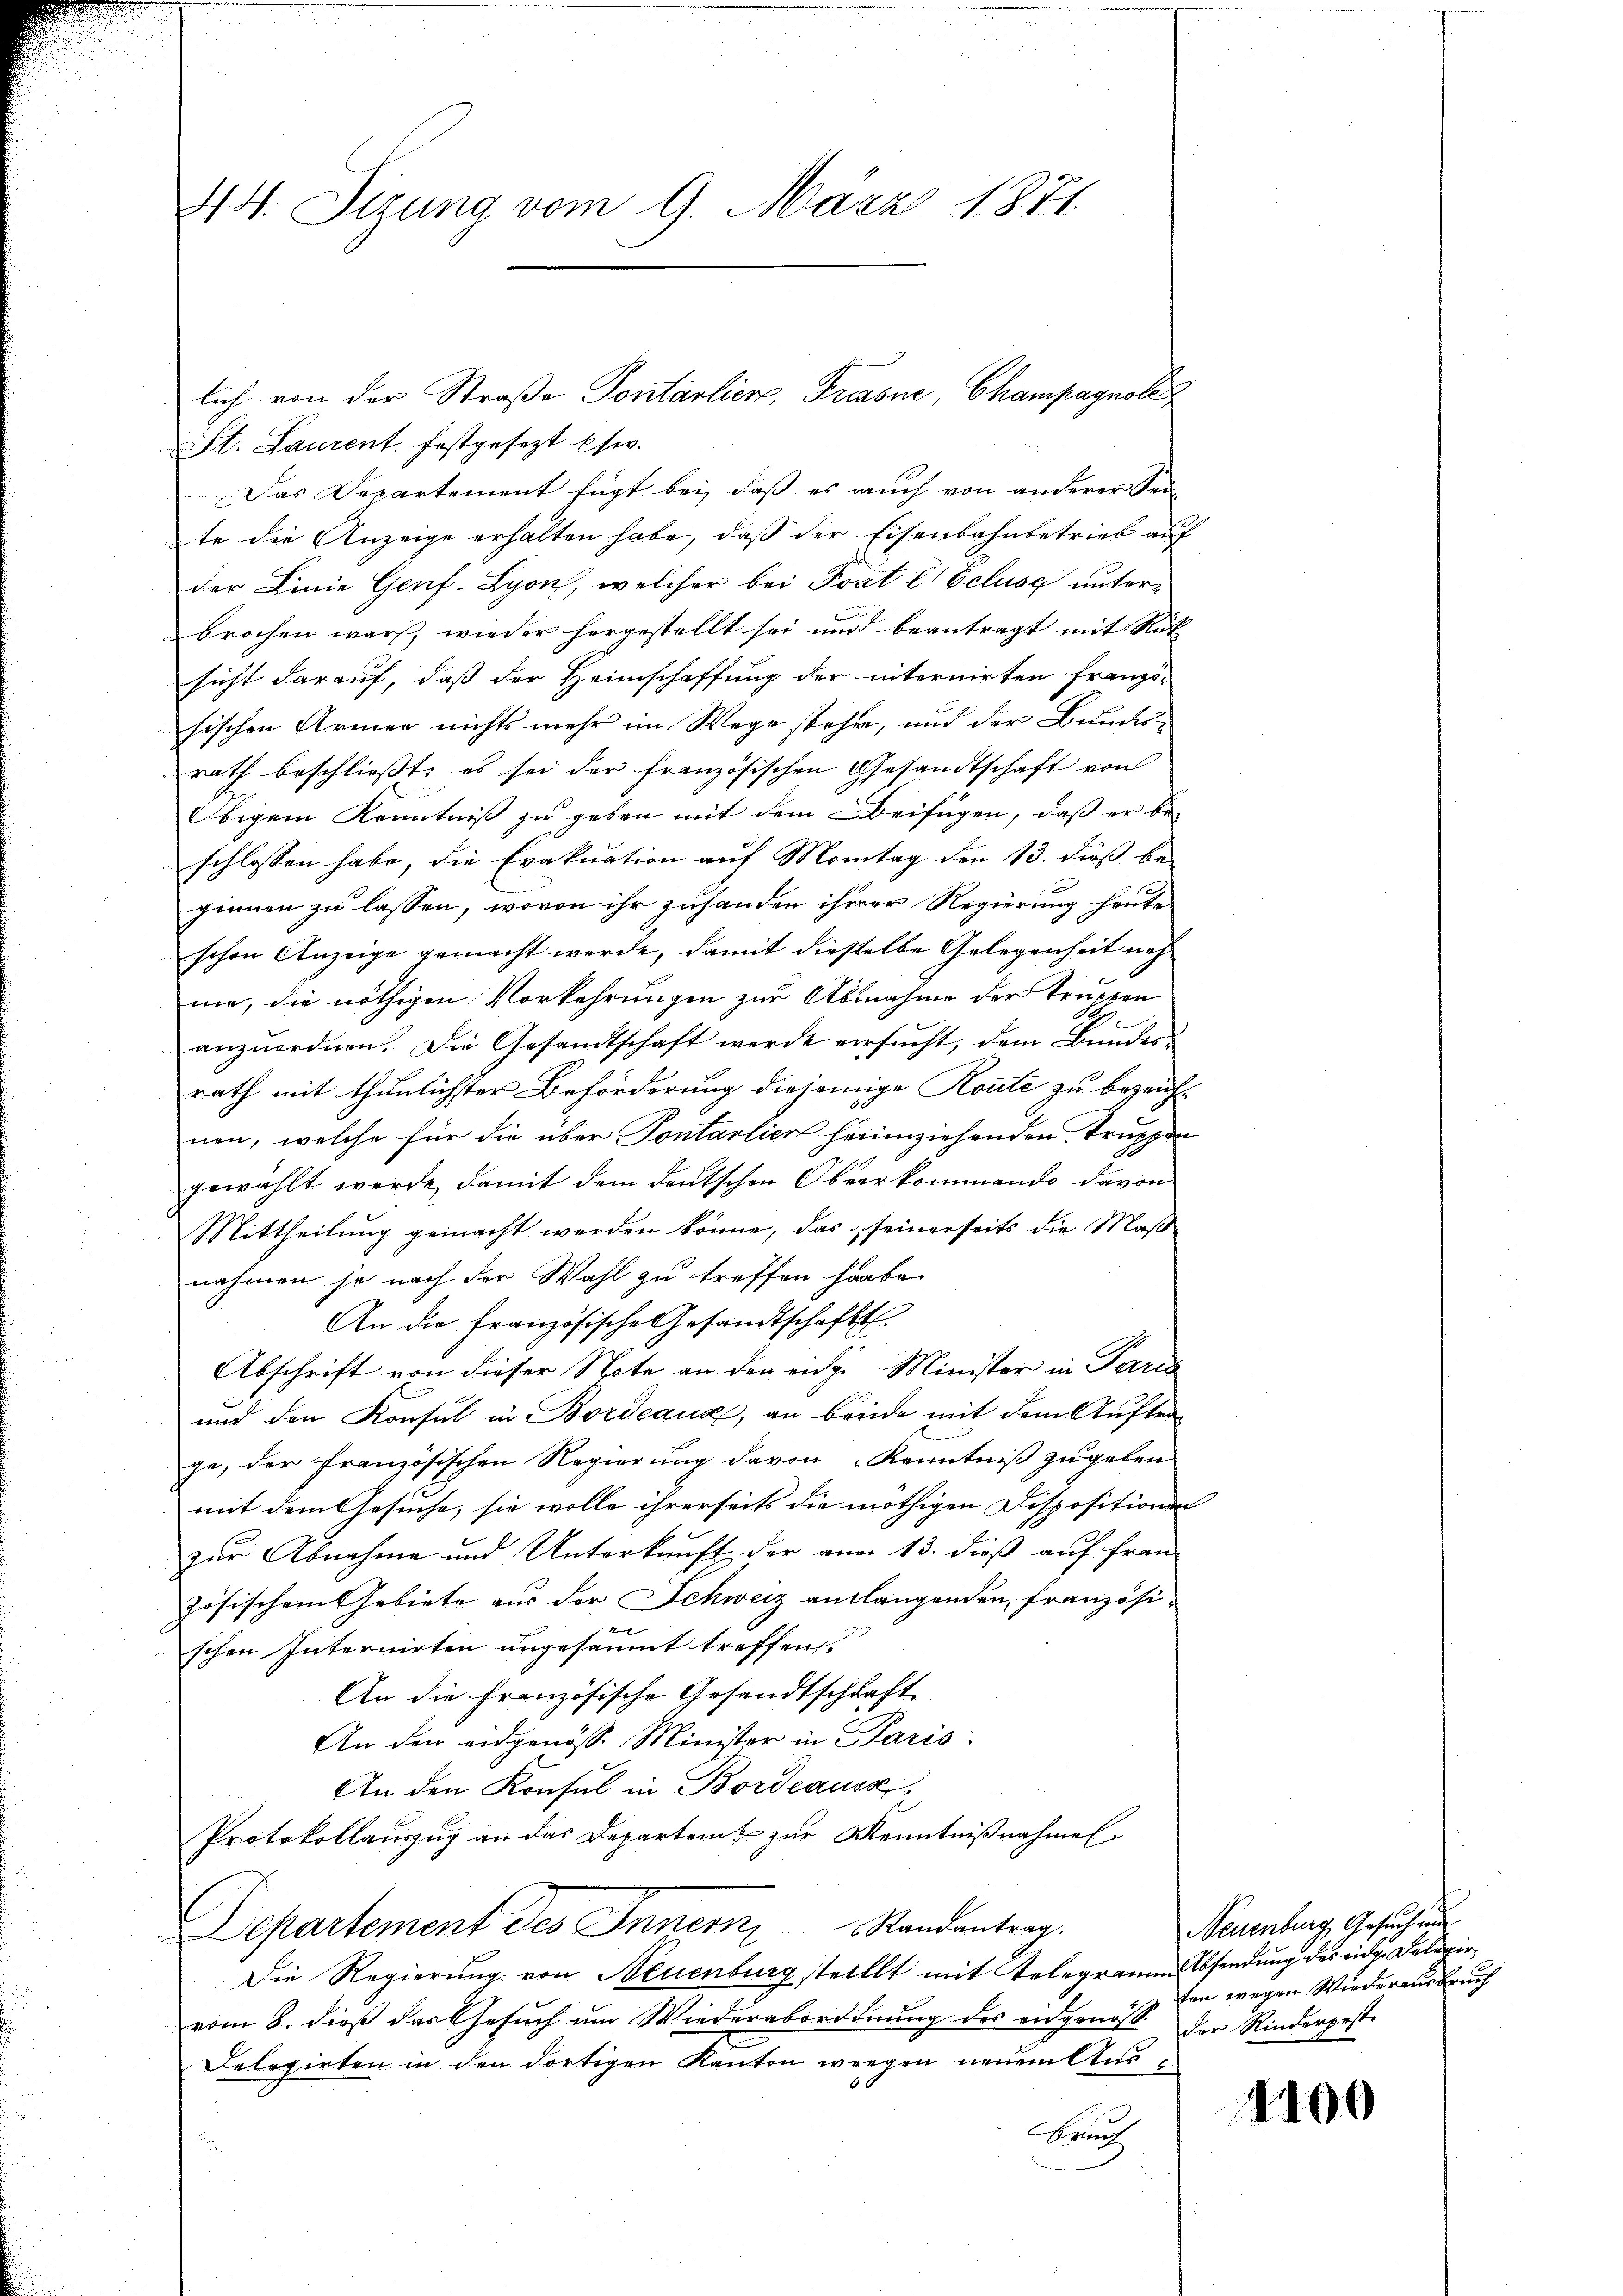
474. Sizung vom 9. März 1871.

St. Laurent. festgesezt Esw.
Das Departement fügt bei, daß es auch von anderer Sei-
te die Anzeige erhalten habe, daß der Eisenbahnbetrieb auf
der Linie Genf-Lyon, welcher bei Poat l. Eclusa unterbrochen war, wieder hergestellt sei und beantragt mit Rük
sicht darauf, daß der Heimschaffung der internirten franzö-
sischen Armen nichts mehr im Wege stehen, und der Bundesrath beschließt, es sei der französischen Gesandtschaft von
Obigem Kenntniß zu geben mit dem Beifügen, daß er be-
schlossen habe, die Evakuation auf Montag den 13. dieß be-
ginnen zu lassen, wovon ihr zuhanden ihrer Regierung heute
schon Anzeige gemacht werde, damit dieselbe Gelegenheit nehme, die nöthigen Vorkehrungen zur Abnahme der Truppen
anzuordnen. Die Gesandtschaft werde versucht, dem Bundes
rath mit thunlichster Beförderung diejenige Route zu bezeich-
nen, welche für die über Sontalien heimziehenden Truppen
gewählt werde, damit dem deutschen Oberkommende davon
Mittheilung gemacht werden könne, das seinerseits die Maßnahmen so nach der Wahl zu treffen habe.
An die Französische Gesandtschafts-
Abschrift von dieser Note an den eidg. Minister in Paris
und den Konsul in Bordeaux, an breide mit dem Auftrage, der französischen Regierung davon Kenntniß zu geben
mit dem Gesuche, sie wolle ihrerseits die nöthigen Dispositionen
zur Abnahme und Unterkunft der aner 13. dieß auf Frau
zösischem Gebiete aus der Schweiz auslangenden, französi-
4x
schen Internirten ungesäumt treffen.
An die Französische Gesandtschaft
An den eidgenöss. Minister in Paris
An den Konsul in Bordeauss
Protokollauszug an das Departen & zur Kenntnißnahmel
Departement des Innern Standentrag.
Die Regierung von Neuenburg stellt mit Telegramm Absendung des eidge Delegirvom 8. dieß das Gesuch um Wiederabordnung des eidgenoss. Der Rinderpeste
Delegirten in den dortigen Kanton weegen neuem Aus¬
Bruch

lich von der Straße Pontalien, Trossne, Champagnole

Neuenburg, Gesuchung
ten wegen Wiederausbruch

1100